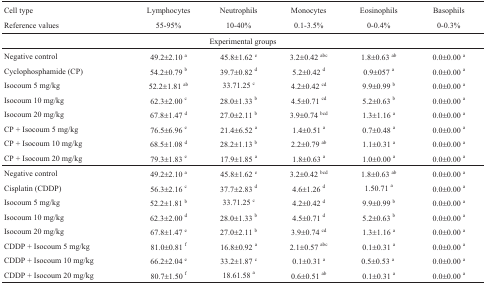
<table><thead><tr><td><b>Cell type</b></td><td><b>Lymphocytes</b></td><td><b>Neutrophils</b></td><td><b>Monocytes</b></td><td><b>Eosinophils</b></td><td><b>Basophils</b></td></tr><tr><td><b>Reference values</b></td><td><b>55-95%</b></td><td><b>10-40%</b></td><td><b>0.1-3.5%</b></td><td><b>0-0.4%</b></td><td><b>0-0.3%</b></td></tr><tr><td colspan="6"><b>Experimental groups</b></td></tr></thead><tbody><tr><td>Negative control</td><td>49.2±2.10 <sup>a</sup></td><td>45.8±1.62 <sup>e</sup></td><td>3.2±0.42 <sup>abc</sup></td><td>1.8±0.63 <sup>ab</sup></td><td>0.0±0.00 <sup>a</sup></td></tr><tr><td>Cyclophosphamide (CP)</td><td>54.2±0.79 <sup>b</sup></td><td>39.7±0.82 <sup>d</sup></td><td>5.2±0.42 <sup>d</sup></td><td>0.9±057 <sup>a</sup></td><td>0.0±0.00 <sup>a</sup></td></tr><tr><td>Isocoum 5 mg/kg</td><td>52.2±1.81 <sup>ab</sup></td><td>33.71.25 <sup>c</sup></td><td>4.2±0.42 <sup>cd</sup></td><td>9.9±0.99 <sup>b</sup></td><td>0.0±0.00 <sup>a</sup></td></tr><tr><td>Isocoum 10 mg/kg</td><td>62.3±2.00 <sup>c</sup></td><td>28.0±1.33 <sup>b</sup></td><td>4.5±0.71 <sup>cd</sup></td><td>5.2±0.63 <sup>b</sup></td><td>0.0±0.00 <sup>a</sup></td></tr><tr><td>Isocoum 20 mg/kg</td><td>67.8±1.47 <sup>d</sup></td><td>27.0±2.11 <sup>b</sup></td><td>3.9±0.74 <sup>bcd</sup></td><td>1.3±1.16 <sup>a</sup></td><td>0.0±0.00 <sup>a</sup></td></tr><tr><td>CP + Isocoum 5 mg/kg</td><td>76.5±6.96 <sup>e</sup></td><td>21.4±6.52 <sup>a</sup></td><td>1.4±0.51 <sup>a</sup></td><td>0.7±0.48 <sup>a</sup></td><td>0.0±0.00 <sup>a</sup></td></tr><tr><td>CP + Isocoum 10 mg/kg</td><td>68.5±1.08 <sup>d</sup></td><td>28.2±1.13 <sup>b</sup></td><td>2.2±0.79 <sup>ab</sup></td><td>1.1±0.31 <sup>a</sup></td><td>0.0±0.00 <sup>a</sup></td></tr><tr><td>CP + Isocoum 20 mg/kg</td><td>79.3±1.83 <sup>e</sup></td><td>17.9±1.85 <sup>a</sup></td><td>1.8±0.63 <sup>a</sup></td><td>1.0±0.00 <sup>a</sup></td><td>0.0±0.00 <sup>a</sup></td></tr><tr><td>Negative control</td><td>49.2±2.10 <sup>a</sup></td><td>45.8±1.62 <sup>e</sup></td><td>3.2±0.42 <sup>bcd</sup></td><td>1.8±0.63 <sup>ab</sup></td><td>0.0±0.00 <sup>a</sup></td></tr><tr><td>Cisplatin (CDDP)</td><td>56.3±2.16 <sup>c</sup></td><td>37.7±2.83 <sup>d</sup></td><td>4.6±1.26 <sup>d</sup></td><td>1.50.71 <sup>a</sup></td><td>0.0±0.00 <sup>a</sup></td></tr><tr><td>Isocoum 5 mg/kg</td><td>52.2±1.81 <sup>b</sup></td><td>33.71.25 <sup>c</sup></td><td>4.2±0.42 <sup>d</sup></td><td>9.9±0.99 <sup>b</sup></td><td>0.0±0.00 <sup>a</sup></td></tr><tr><td>Isocoum 10 mg/kg</td><td>62.3±2.00 <sup>d</sup></td><td>28.0±1.33 <sup>b</sup></td><td>4.5±0.71 <sup>d</sup></td><td>5.2±0.63 <sup>b</sup></td><td>0.0±0.00 <sup>a</sup></td></tr><tr><td>Isocoum 20 mg/kg</td><td>67.8±1.47 <sup>e</sup></td><td>27.0±2.11 <sup>b</sup></td><td>3.9±0.74 <sup>cd</sup></td><td>1.3±1.16 <sup>a</sup></td><td>0.0±0.00 <sup>a</sup></td></tr><tr><td>CDDP + Isocoum 5 mg/kg</td><td>81.0±0.81 <sup>f</sup></td><td>16.8±0.92 <sup>a</sup></td><td>2.1±0.57 <sup>abc</sup></td><td>0.1±0.31 <sup>a</sup></td><td>0.0±0.00 <sup>a</sup></td></tr><tr><td>CDDP + Isocoum 10 mg/kg</td><td>66.2±2.04 <sup>e</sup></td><td>33.2±1.87 <sup>c</sup></td><td>0.1±0.31 <sup>a</sup></td><td>0.5±0.53 <sup>a</sup></td><td>0.0±0.00 <sup>a</sup></td></tr><tr><td>CDDP + Isocoum 20 mg/kg</td><td>80.7±1.50 <sup>f</sup></td><td>18.61.58 <sup>a</sup></td><td>0.6±0.51 <sup>ab</sup></td><td>0.1±0.31 <sup>a</sup></td><td>0.0±0.00 <sup>a</sup></td></tr></tbody></table>